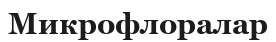
Микрофлоралар